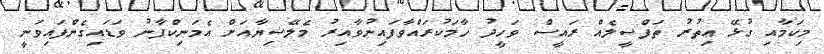
މިކަމާއި ގުޅޭ އިތުރު ތަފްސީލެއް ރައީސް ވަހީދު ހާމަކުރައްވާފައިނުވާއިރު މެލޭޝިޔާއަށް އެމަނިކްފާނު ވަޑައިގެންފައިވަނީ